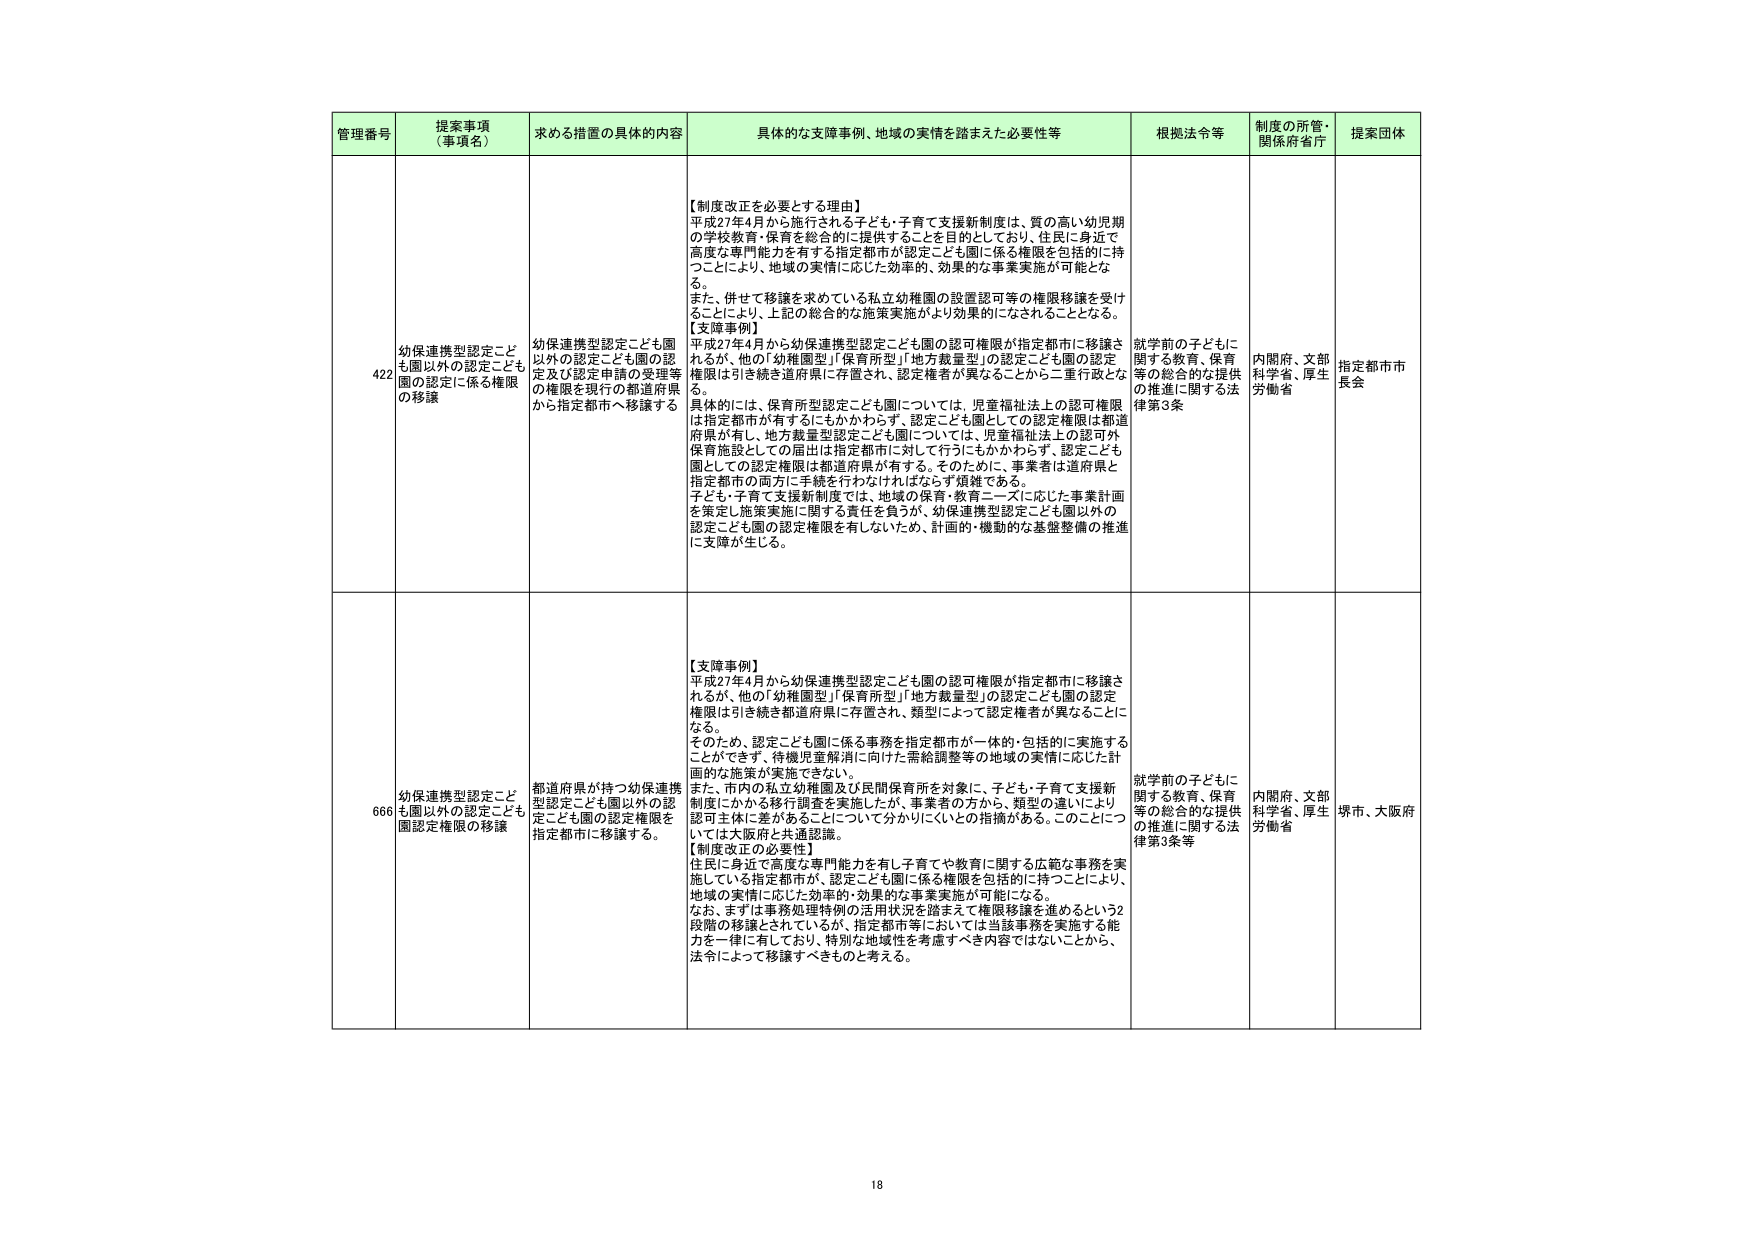
管理番号 提案事項（事項名） 求める措置の具体的内容 具体的な支障事例、地域の実情を踏まえた必要性等 根拠法令等 制度の所管・関係府省庁 提案団体

422 幼保連携型認定こども園以外の認定こども園の認定に係る権限の移譲 幼保連携型認定こども園以外の認定こども園の認定及び認定申請の受理等の権限を現行の都道府県から指定都市へ移譲する 【制度改正を必要とする理由】 平成27年4月から施行される子ども・子育て支援新制度は、質の高い幼児期の学校教育・保育を総合的に提供することを目的としており、住民に身近で高度な専門能力を有する指定都市が認定こども園に係る権限を包括的に持つことにより、地域の実情に応じた効率的、効果的な事業実施が可能となる。 また、併せて移譲を求めてい る私立幼稚園の設置認可等の権限移譲を受け ることにより、上記の総合的な施策実施がより効果的になされることとなる。 【支障事例】 平成27年4月から幼保連携型認定こども園の認可権限が指定都市に移譲されるが、他の「幼稚園型」「保育所型」「地方裁量型」の認定こども園の認定権限は引き続き道府県に存置され、認定権者が異なることから二重行政とな る。 具体的には、保育所型認定こども園については、児童福祉法上の認可権限は指定都市が有するにもかかわらず、認定こども園としての認定権限は都道府県が有し、地方裁量型認定こども園については、児童福祉法上の認可外保育施設としての届出は指定都市に対して行うにもかかわらず、認定こども園としての認定権限は都道府県が有する。そのために、事業者は道府県と指定都市の両方に手続を行わなければならない状態である。 子ども・子育て支援新制度では、地域の保育・教育ニーズに応じた事業計画を策定し施策実施に関する責任を負うが、幼保連携型認定こども園以外の認定こども園の認定権限を有しないため、計画的・機動的な基盤整備の推進に支障が生じる。 就学前の子どもに関する教育、保育等の総合的な提供の推進に関する法律第3条 内閣府、文部科学省、厚生労働省 指定都市市長会

666 幼保連携型認定こども園以外の認定こども園認定権限の移譲 都道府県が持つ幼保連携型認定こども園以外の認定こども園の認定権限を指定都市に移譲する。 【支障事例】 平成27年4月から幼保連携型認定こども園の認可権限が指定都市に移譲されるが、他の「幼稚園型」「保育所型」「地方裁量型」の認定こども園の認定権限は引き続き都道府県に存置され、類型によって認定権者が異なることになる。 そのため、認定こども園に係る事務を指定都市が一体的・包括的に実施することができず、待機児童解消に向けた需給調整等の地域の実情に応じた計画的な施策が実施できない。 また、市内の私立幼稚園及び民間保育所を対象に、子ども・子育て支援新制度にかかる移行調査を実施したが、事業者の方から、類型の違いにより認可主体に差があることについて分かりにくいとの指摘がある。このことについては大阪府と共通認識。 【制度改正の必要性】 住民に身近で高度な専門能力を有し子育てや教育に関する広範な事務を実施している指定都市が、認定こども園に係る権限を包括的に持つことにより、地域の実情に応じた効率的・効果的な事業実施が可能になる。 なお、まずは事務処理特例の活用状況を踏まえて権限移譲を進めるという2段階の移譲とされているが、指定都市等においては当該事務を実施する能力を一律に有しており、特別な地域性を考慮すべき内容ではないことから、法令によって移譲すべきものと考える。 就学前の子どもに関する教育、保育等の総合的な提供の推進に関する法律第3条等 内閣府、文部科学省、厚生労働省 堺市、大阪府

18